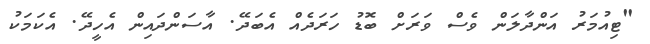
"ޓިއުމަރު އަންދާލަން ވެސް ވަރަށް ބޮޑު ހަރަދެއް އެބަދޭ. އާސަންދައިން އެހީދޭ. އެކަމަކު